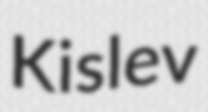
Kislev